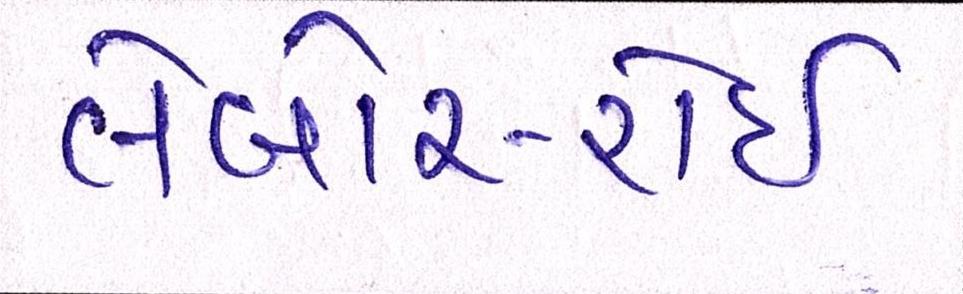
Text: લેબોર-રોઈ